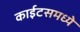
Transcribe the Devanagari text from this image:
काईटसमध्ये